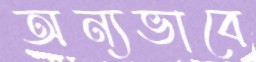
অন্যভাবে